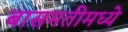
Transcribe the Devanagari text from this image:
बासमतीमध्ये